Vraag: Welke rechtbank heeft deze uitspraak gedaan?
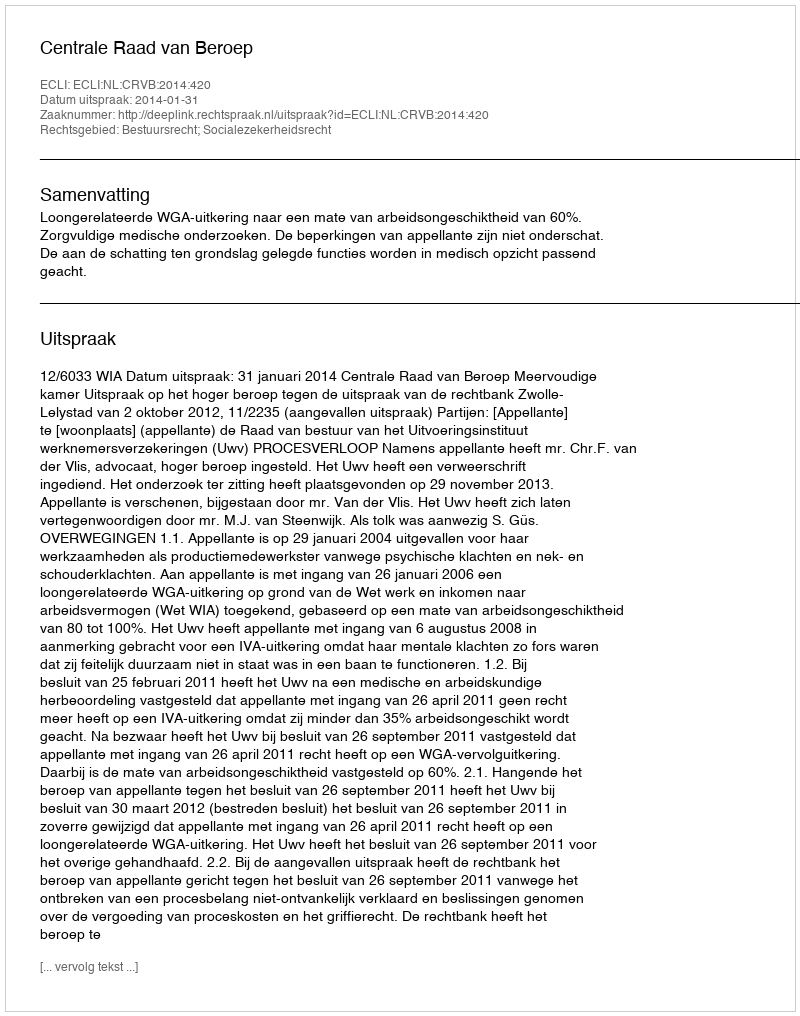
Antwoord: Centrale Raad van Beroep